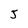
Character: J